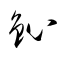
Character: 鈊